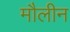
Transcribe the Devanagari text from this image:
मौलीन